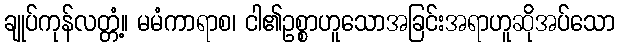
ချုပ်ကုန်လတ္တံ့။ မမံကာရာစ၊ ငါ၏ဥစ္စာဟူသောအခြင်းအရာဟူဆိုအပ်သော